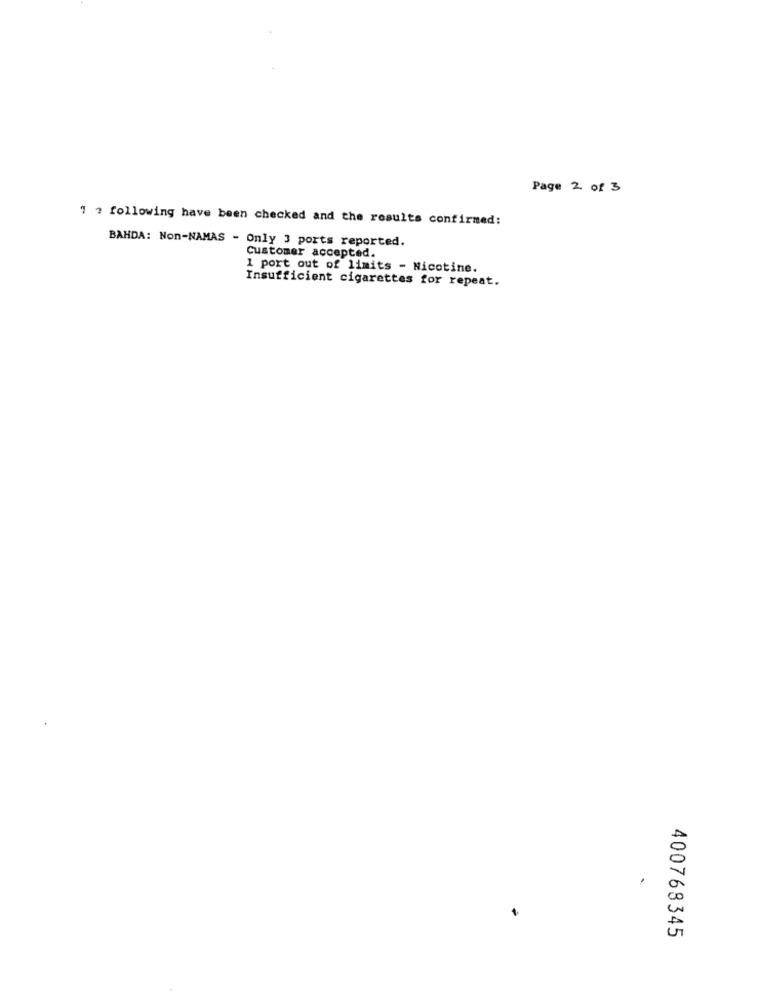
Page 2 of 3
1 ? following have been checked and the results confirmed:
BAHDA: Non-NAMAS - Only 3 ports reported.
Customer accepted.
1 port out of limits - Nicotine.
Insufficient cigarettes for repeat.
400768345